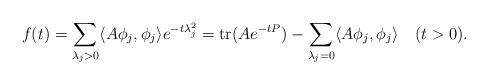
LaTeX: \begin{align*}f(t)=\sum_{\lambda_j>0} \langle A\phi_j,\phi_j\rangle e^{-t\lambda_j^2}=\mathrm{tr}(Ae^{-tP})-\sum_{\lambda_j=0} \langle A\phi_j,\phi_j\rangle\ \ \ (t>0).\end{align*}